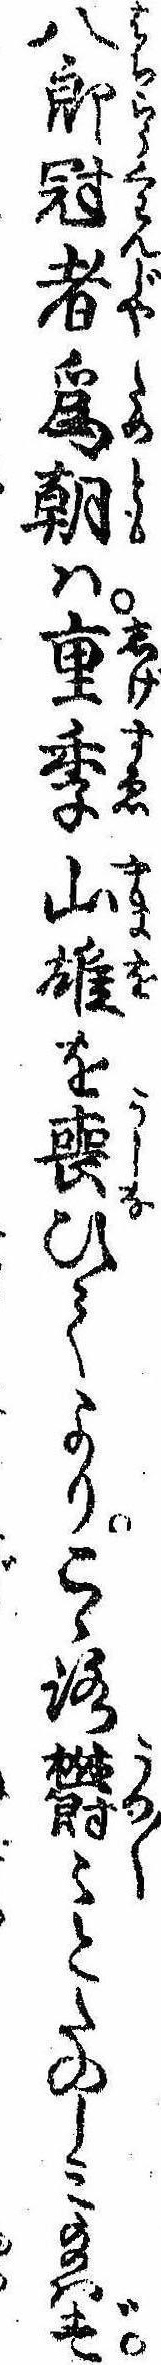
八郎冠者為朝は重季山雄を喪ひてよりこゝろ欝〻とたのしみ給はず